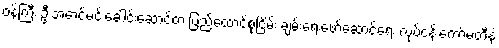
၀န်ကြီး ဦးအောင်မင်းခေါင်းဆောင်တဲ့ ပြည်ထောင်စုငြိမ်း ချမ်းရေးဖော်ဆောင်ရေး လုပ်ငန်းကော်မတီနဲ့